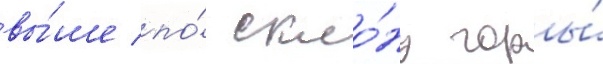
вы́ше по́ скло́ну горы́